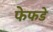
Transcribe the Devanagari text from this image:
फेफडे़